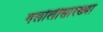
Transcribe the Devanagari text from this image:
गलोलीसारख्या